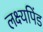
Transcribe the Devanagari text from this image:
लक्ष्यपिंड